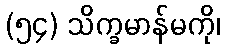
(၅၄) သိက္ခမာန်မကို၊